Subject: math
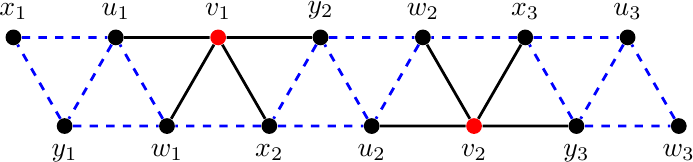
LaTeX code:
	\begin{tikzpicture}[scale=0.65,
		point/.style ={circle,draw=none,fill=#1,
			inner sep=0pt, minimum width=0.2cm,node contents={}}
		]
		\node (w3) at (11,{2-sqrt(3)})   [point=black, label=below:$w_3$];
		\node (u3) at (10,2)   [point=black, label=above:$u_3$];
		\node (x3) at (9,{2-sqrt(3)})   [point=black, label=below:$y_3$];
		\node (y3) at (8,2)   [point=black, label=above:$x_3$];
		\node (v2) at (7,{2-sqrt(3)})   [point=red, label=below:$v_2$];
		\node (w2) at (6,2)   [point=black, label=above:$w_2$];
		\node (u2) at (5,{2-sqrt(3)})   [point=black, label=below:$u_2$];
		\node (x2) at (4,2)   [point=black, label=above:$y_2$];
		\node (y2) at (3,{2-sqrt(3)})   [point=black, label=below:$x_2$];
		\node (v1) at (2,2)   [point=red, label=above:$v_1$];
		\node (w1) at (1,{2-sqrt(3)})   [point=black, label=below:$w_1$];
		\node (u1) at (0,2)   [point=black, label=above:$u_1$];
		\node (x1) at (-1,{2-sqrt(3)})   [point=black, label=below:$y_1$];
		\node (y1) at (-2,2)   [point=black, label=above:$x_1$];

		\draw[blue,dashed,line width=1pt]
		(w3)--(u3)--(x3)--(y3)--(u3)
		(x3)--(w3)
		(y3)--(w2)--(u2)--(x2)--(y2)--(u2)
		(x2)--(w2)
		(y2)--(w1)--(u1)--(x1)--(y1)--(u1)
		(x1)--(w1);
		\draw[black,line width=1pt]
		(x3)--(v2)--(y3)
		(w2)--(v2)--(u2)
		(x2)--(v1)--(y2)
		(w1)--(v1)--(u1);
	\end{tikzpicture}